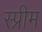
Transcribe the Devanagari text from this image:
स्प्रीम